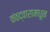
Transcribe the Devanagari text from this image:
कंठद्वारामधून